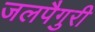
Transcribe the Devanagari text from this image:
जलपैगुरी